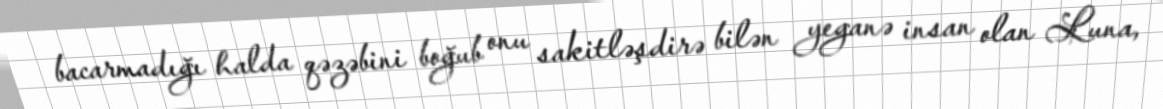
bacarmadığı halda qəzəbini boğub onu sakitləşdirə bilən yeganə insan olan Luna,